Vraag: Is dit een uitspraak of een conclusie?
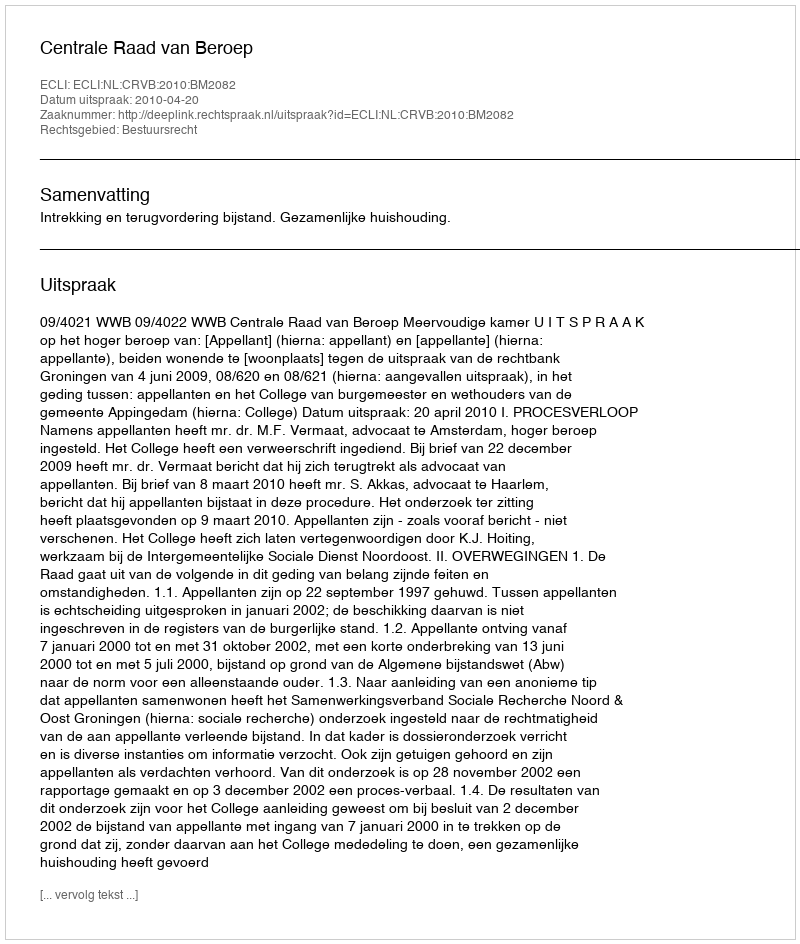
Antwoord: Uitspraak